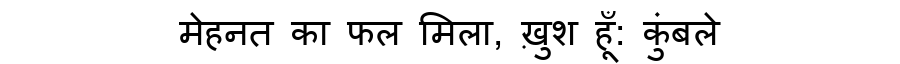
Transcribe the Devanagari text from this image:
मेहनत का फल मिला, ख़ुश हूँ: कुंबले